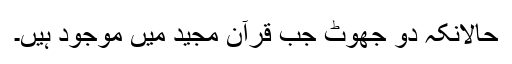
حالانکہ دو جھوٹ جب قرآن مجید میں موجود ہیں۔